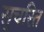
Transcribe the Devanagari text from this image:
सुचरित